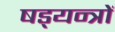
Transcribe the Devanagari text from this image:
षड्‍यन्त्रों